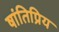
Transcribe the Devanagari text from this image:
षांतिप्रिय